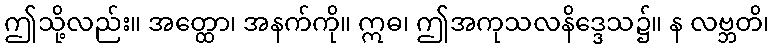
ဤသို့လည်း။ အတ္ထော၊ အနက်ကို။ ဣဓ၊ ဤအကုသလနိဒ္ဒေသ၌။ န လဗ္ဘတိ၊